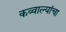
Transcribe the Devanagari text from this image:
कव्वाल्यांचा